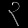
Digit: ၃